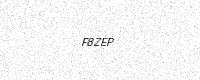
Text: F8ZEP